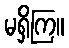
မရှိကြ။